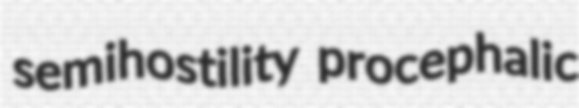
semihostility procephalic